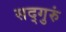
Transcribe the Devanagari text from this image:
सद्‌गुरुं